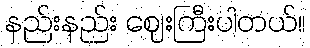
နည်းနည်း ဈေးကြီးပါတယ်။